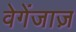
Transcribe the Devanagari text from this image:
वेगेंजाज़